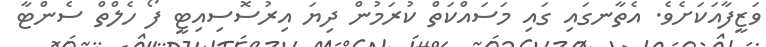
ވަޒީފާއަކަށެވެ. އެތާނގައި ގައި މަސައްކަތް ކުރަމުން ދިޔަ އިރުސޮސިއިޓީ ފޯ ހެލްތް ސެންޓާ